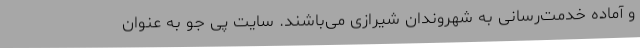
و آماده خدمت‌رسانی به شهروندان شیرازی می‌باشند. سایت پی جو به عنوان